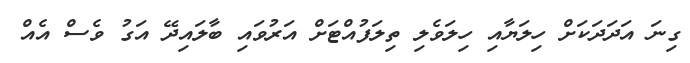
ގިނަ އަދަދަކަށް ހިލަޔާއި ހިލަވެލި ތިލަފުއްޓަށް އަރުވައި ބާލައިދޭ އަގު ވެސް އެއް